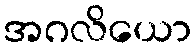
အဂလိယော